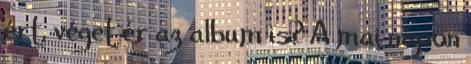
ért, véget ér az album is? A mai napon